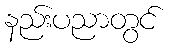
နည်းပညာတွင်